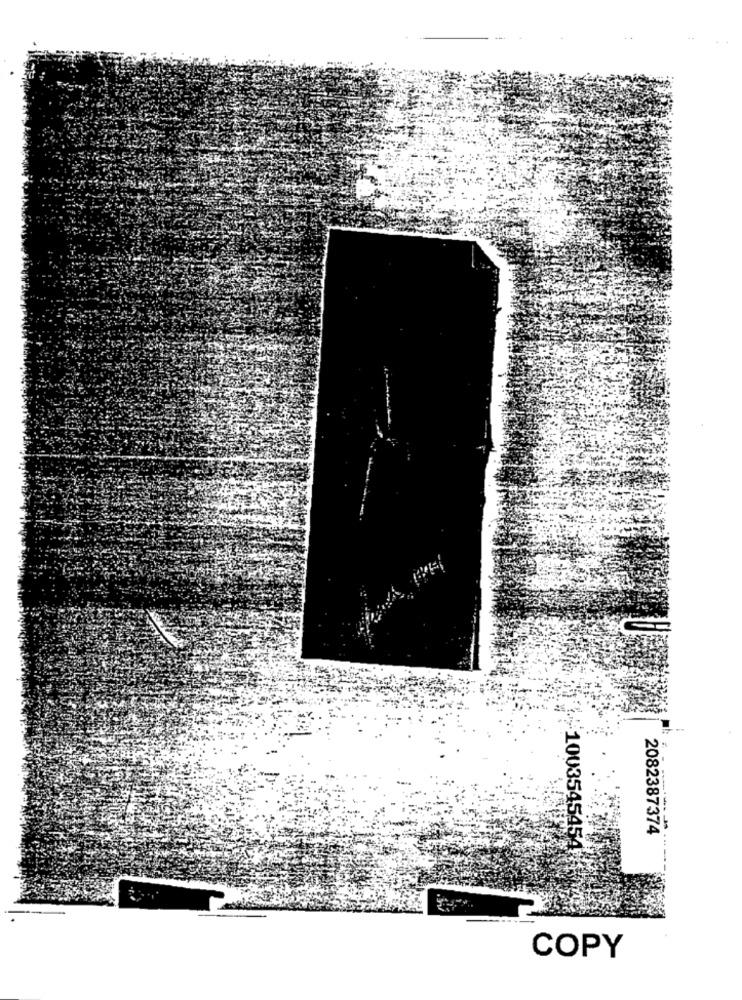
2082387374
:1003545454/
COPY